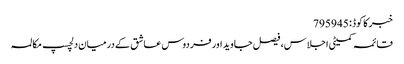
خبر کا کوڈ : 795945
قائمہ کمیٹی اجلاس، فیصل جاوید اور فردوس عاشق کے درمیان دلچسپ مکالمہ